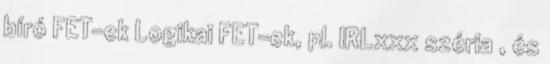
bíró FET-ek Logikai FET-ek, pl. IRLxxx széria , és